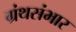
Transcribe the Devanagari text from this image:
ग्रंथसंभार